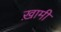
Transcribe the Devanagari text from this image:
ख़ामी